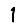
Digit: 1